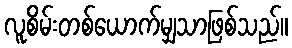
လူစိမ်းတစ်ယောက်မျှသာဖြစ်သည်။